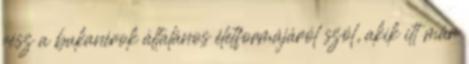
rész a bukanérok általános életformájáról szól, akik itt már